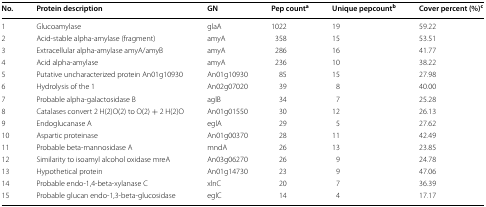
| No. | Protein description | GN | Pep counta | Unique pepcountb | Cover percent (%)c |
 | --- | --- | --- | --- | --- | --- |
 | 1 | Glucoamylase | glaA | 1022 | 19 | 59.22 |
 | 2 | Acid-stable alpha-amylase (fragment) | amyA | 358 | 15 | 53.51 |
 | 3 | Extracellular alpha-amylase amyA/amyB | amyA | 286 | 16 | 41.77 |
 | 4 | Acid alpha-amylase | amyA | 236 | 10 | 38.22 |
 | 5 | Putative uncharacterized protein An01g10930 | An01g10930 | 85 | 15 | 27.98 |
 | 6 | Hydrolysis of the 1 | An02g07020 | 39 | 8 | 40.00 |
 | 7 | Probable alpha-galactosidase B | aglB | 34 | 7 | 25.28 |
 | 8 | Catalases convert 2 H(2)O(2) to O(2) + 2 H(2)O | An01g01550 | 30 | 12 | 26.13 |
 | 9 | Endoglucanase A | eglA | 29 | 5 | 27.62 |
 | 10 | Aspartic proteinase | An01g00370 | 28 | 11 | 42.49 |
 | 11 | Probable beta-mannosidase A | mndA | 26 | 13 | 23.85 |
 | 12 | Similarity to isoamyl alcohol oxidase mreA | An03g06270 | 26 | 9 | 24.78 |
 | 13 | Hypothetical protein | An01g14730 | 23 | 9 | 47.06 |
 | 14 | Probable endo-1,4-beta-xylanase C | xlnC | 20 | 7 | 36.39 |
 | 15 | Probable glucan endo-1,3-beta-glucosidase | eglC | 14 | 4 | 17.17 |